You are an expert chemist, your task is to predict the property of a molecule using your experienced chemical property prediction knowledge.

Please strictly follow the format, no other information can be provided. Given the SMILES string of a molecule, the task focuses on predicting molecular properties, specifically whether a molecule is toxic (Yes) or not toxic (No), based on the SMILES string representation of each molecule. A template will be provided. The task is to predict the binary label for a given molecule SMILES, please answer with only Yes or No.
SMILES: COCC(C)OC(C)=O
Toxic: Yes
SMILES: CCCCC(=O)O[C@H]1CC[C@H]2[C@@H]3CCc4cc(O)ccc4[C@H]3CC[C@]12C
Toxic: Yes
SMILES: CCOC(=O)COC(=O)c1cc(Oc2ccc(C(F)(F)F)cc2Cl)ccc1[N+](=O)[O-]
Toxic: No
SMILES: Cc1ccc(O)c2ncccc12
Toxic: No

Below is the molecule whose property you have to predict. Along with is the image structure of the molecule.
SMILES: NC(CSCC(=O)O)C(=O)O
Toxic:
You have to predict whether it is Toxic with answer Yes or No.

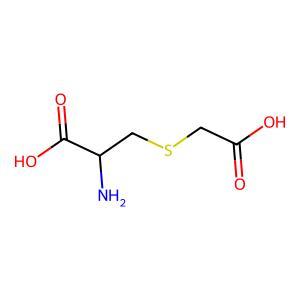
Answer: No